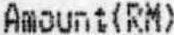
AMOUNT(RM)